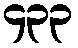
၄၃၃